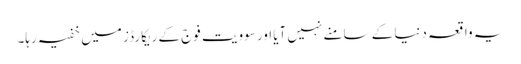
یہ واقعہ دنیا کے سامنے نہیں آیا اور سوویت فوج کے ریکارڈز میں خفیہ رہا۔